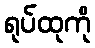
ရုပ်ထုကို